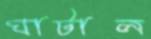
ঘাটাল